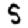
Digit: 5